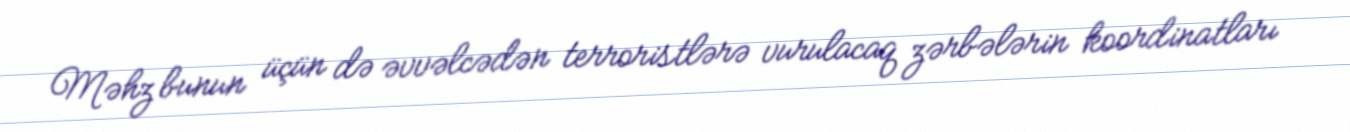
Məhz bunun üçün də əvvəlcədən terroristlərə vurulacaq zərbələrin koordinatları